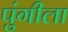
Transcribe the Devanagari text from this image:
पुंगीला